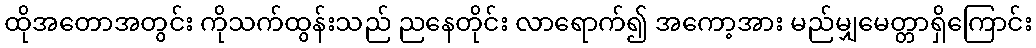
ထိုအတောအတွင်း ကိုသက်ထွန်းသည် ညနေတိုင်း လာရောက်၍ အကော့အား မည်မျှမေတ္တာရှိကြောင်း